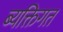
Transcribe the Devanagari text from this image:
ब्यक्तिगत